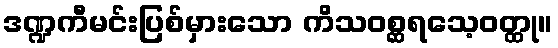
ဒဏ္ဍကီမင်းပြစ်မှားသော ကိသဝစ္ဆရသေ့ဝတ္ထု။